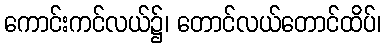
ကောင်းကင်လယ်၌၊ တောင်လယ်တောင်ထိပ်၊